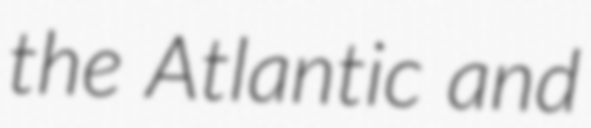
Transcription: the Atlantic and